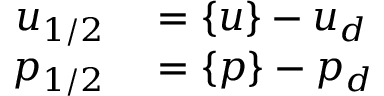
\begin{array} { r l } { u _ { 1 / 2 } } & { { } = \{ u \} - u _ { d } } \\ { p _ { 1 / 2 } } & { { } = \{ p \} - p _ { d } } \end{array}